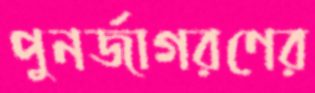
পুনর্জাগরণের